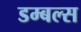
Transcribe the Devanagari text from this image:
डम्बल्स